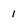
Character: 1